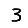
Digit: 3